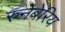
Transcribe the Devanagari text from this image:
रुनेबेरिय